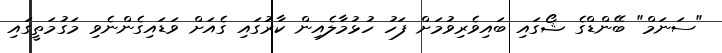
"ސަނަމް" ބޭންޑްގެ ޝޯގައި ބައިވެރިވުމަށް ފަހު ހުޅުމާލެއިން ކާރުގައި ގެއަަށް ވަޑައިގެންނެވި މަގުމަތީގައި